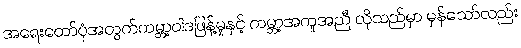
အရေးတော်ပုံအတွက်ကမ္ဘာ့ဝါဒဖြန့်မှုနှင့် ကမ္ဘာ့အကူအညီ လိုသည်မှာ မှန်သော်လည်း